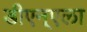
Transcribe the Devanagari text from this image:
डीएन्एला